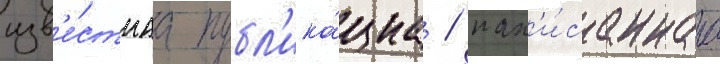
изв'е́стнаа публ'ика́циа / нап'и́саннаа